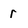
Character: r